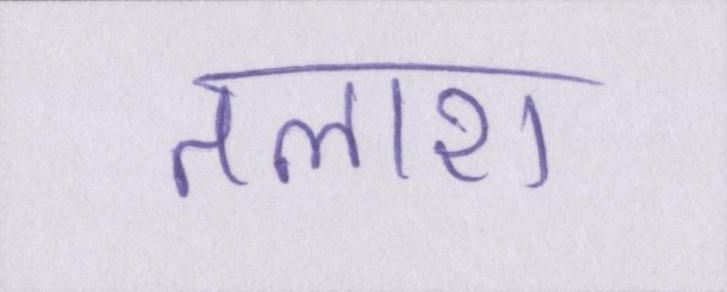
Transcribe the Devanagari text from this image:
तलाश